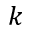
k